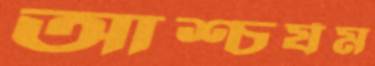
আশ্চর্যম